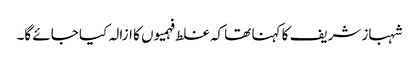
شہباز شریف کا کہنا تھا کہ غلط فہمیوں کا ازالہ کیا جائے گا۔